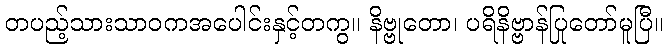
တပည့်သားသာဝကအပေါင်းနှင့်တကွ။ နိဗ္ဗုတော၊ ပရိနိဗ္ဗာန်ပြုတော်မူပြီ။